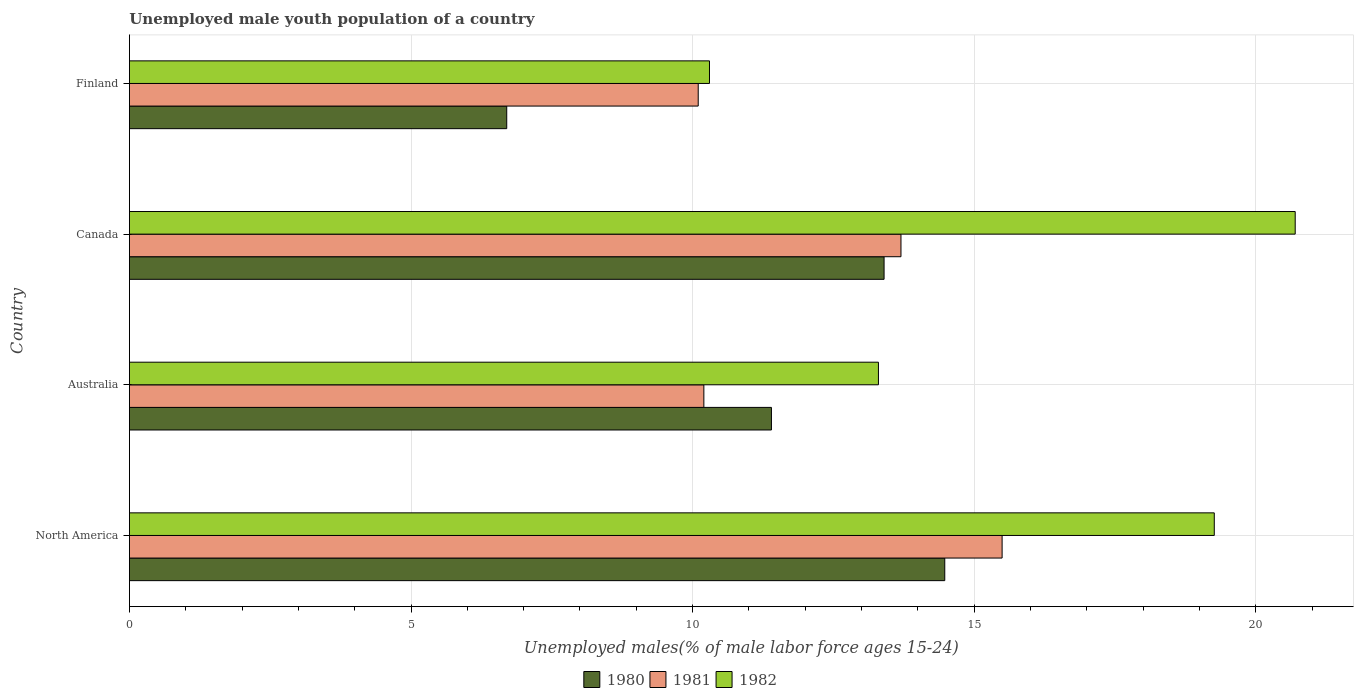
| Country | 1980 | 1981 | 1982 |
 | --- | --- | --- | --- |
 | North America | 14.5 | 15.5 | 19.3 |
 | Australia | 11.4 | 10.2 | 13.3 |
 | Canada | 13.4 | 13.7 | 20.7 |
 | Finland | 6.7 | 10.1 | 10.3 |